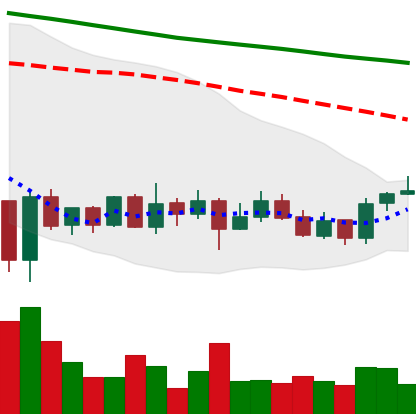
Ticker: ADA-USD
Chart end date: 2020-01-05
Forward return: 6.201%
Label: up_5_7